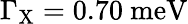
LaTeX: \Gamma_{\mathrm{{X}}}=0.70~\mathrm{{meV}}